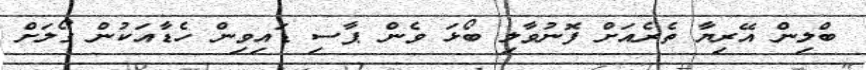
ބްލިން އޭރިޔާ ތެރެއަށް ފޮނުވާލި ބޯޅަ ވެން ޕާސި ޑައިވިން ހެޑާއަކުން ގޯލަށް